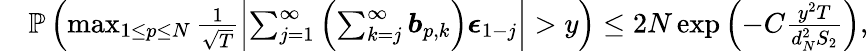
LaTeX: \begin{array}{rl}&{\mathbb{P}\left(\operatorname*{max}_{1\leq p\leq N}\frac{1}{\sqrt{T}}\left\lvert\sum_{j=1}^{\infty}\left(\sum_{k=j}^{\infty}\boldsymbol{b}_{p,k}\right)\boldsymbol{\epsilon}_{1-j}\right\rvert>y\right)\leq 2N\exp\left(-C\frac{y^{2}T}{d_{N}^{2}S_{2}}\right),}\end{array}